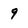
Character: 9